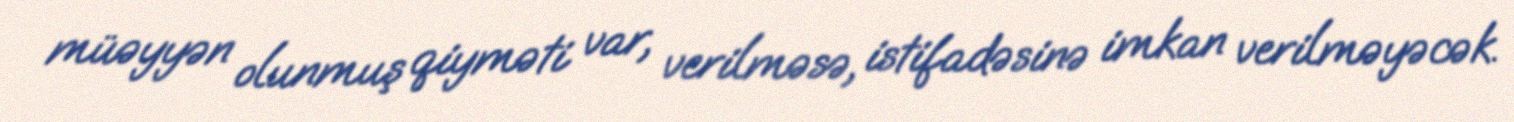
müəyyən olunmuş qiyməti var, verilməsə, istifadəsinə imkan verilməyəcək.